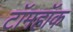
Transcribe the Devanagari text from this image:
टॉमहॉक